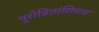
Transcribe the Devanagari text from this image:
पुरोहितांशिवाय